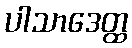
ပါသာဒေတ္ထ